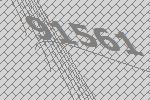
91561